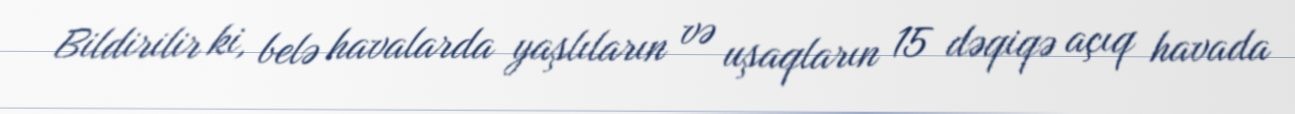
Bildirilir ki, belə havalarda yaşlıların və uşaqların 15 dəqiqə açıq havada